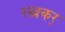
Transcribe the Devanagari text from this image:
रखकर्